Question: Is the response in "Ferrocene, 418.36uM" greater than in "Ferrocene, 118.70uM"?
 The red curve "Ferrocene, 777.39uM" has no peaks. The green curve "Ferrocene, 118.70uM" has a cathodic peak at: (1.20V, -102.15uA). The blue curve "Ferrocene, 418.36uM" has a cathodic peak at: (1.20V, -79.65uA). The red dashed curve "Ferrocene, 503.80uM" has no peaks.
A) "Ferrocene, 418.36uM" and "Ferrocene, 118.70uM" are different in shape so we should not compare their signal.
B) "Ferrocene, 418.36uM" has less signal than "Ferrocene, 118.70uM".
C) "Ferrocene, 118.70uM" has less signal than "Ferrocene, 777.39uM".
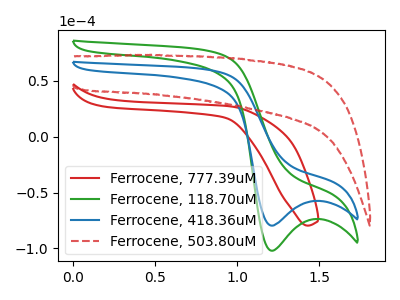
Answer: <think>All the peaks in "Ferrocene, 418.36uM" have a peak in "Ferrocene, 118.70uM" at the same potential. Every peak in "Ferrocene, 418.36uM" is lower than every peak in "Ferrocene, 118.70uM".
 </think>
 <answer>B) "Ferrocene, 418.36uM" has less signal than "Ferrocene, 118.70uM".</answer>
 <eval>B</eval>